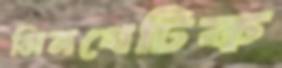
সিনথেটিক